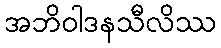
အဘိဝါဒနသီလိဿ